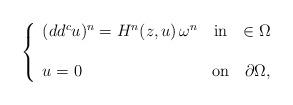
LaTeX: \begin{align*}\left\lbrace\begin{array}{lcr}(dd^c u)^n=H^n(z,u) \, \omega^n& \textnormal {in} & \in \Omega \\ \\u=0 & \textnormal{on} & \partial \Omega,\end{array}\right.\end{align*}